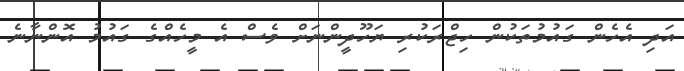
އަދި އެހެން ގައުމުތަކުން ހިޖްރަކުރި ޔަހޫދީންނަށް ވެސް އެ މީހެއްގެ ގައުމު އޮންނާނެ